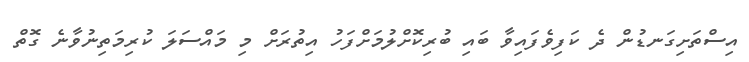
އިސްތަށިގަނޑުން ދެ ކަފިވެފައިވާ ބައި ބުރިކޮށްލުމަށްފަހު އިތުރަށް މި މައްސަލަ ކުރިމަތިނުވާނެ ގޮތް